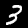
Digit: 3